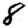
Digit: 8